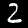
Label: 2